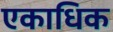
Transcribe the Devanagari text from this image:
एकाधिक